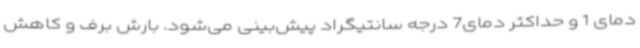
دمای 1 و حداکثر دمای7 درجه سانتیگراد پیش‌بینی می‌شود. بارش برف و کاهش